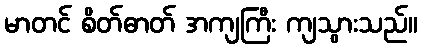
မာတင် စိတ်ဓာတ် အကျကြီး ကျသွားသည်။